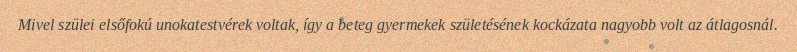
Mivel szülei elsőfokú unokatestvérek voltak, így a beteg gyermekek születésének kockázata nagyobb volt az átlagosnál.